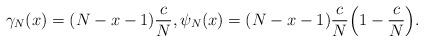
LaTeX: \begin{align*}\gamma_N(x)= (N-x-1) \frac{c}{N}, \psi_N(x)= (N-x-1) \frac{c}{N} \Bigl( 1- \frac{c}{N} \Bigr). \end{align*}